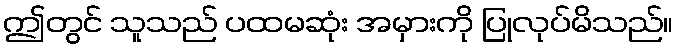
ဤတွင် သူသည် ပထမဆုံး အမှားကို ပြုလုပ်မိသည်။